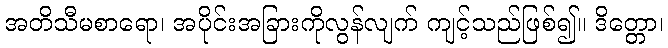
အတိသီမစာရော၊ အပိုင်းအခြားကိုလွန်လျက် ကျင့်သည်ဖြစ်၍။ ဒိတ္တော၊